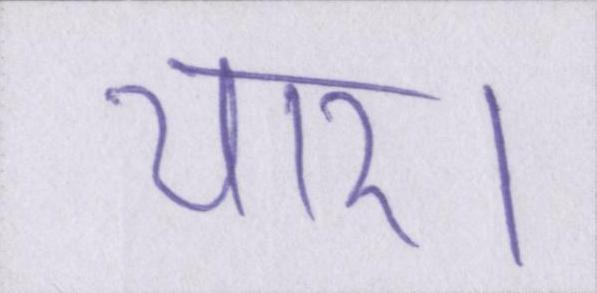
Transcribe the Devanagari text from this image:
यार।